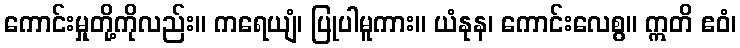
ကောင်းမှုတို့ကိုလည်း။ ကရေယျံ၊ ပြုပါမူကား။ ယံနုန၊ ကောင်းလေစွ။ ဣတိ ဧဝံ၊